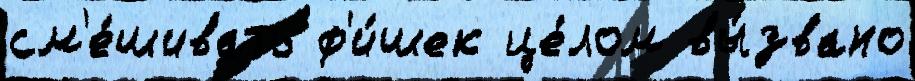
см'е́шивать ф'и́шек це́лом вы́звано